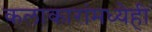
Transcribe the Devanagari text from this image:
कलाकारांमध्येही